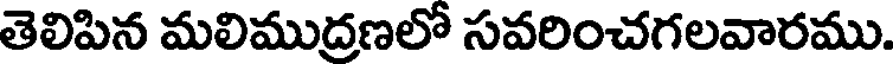
తెలిపిన మలిముద్రణలో సవరించగలవారము.